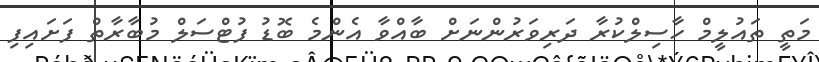
މަތީ ތައުލީމް ހާސިލްކުރާ ދަރިވަރުންނަށް ބާއްވާ އެންމެ ބޮޑު ފުޓްސަލް މުބާރާތް ފަށައިފި